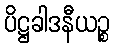
ပိဋ္ဌခါဒနီယဉ္စ